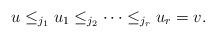
LaTeX: \begin{align*}u \leq_{j_{1}} u_{1} \leq_{j_{2}} \dotsb \leq_{j_{r}} u_{r} = v.\end{align*}